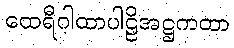
ထေရီဂါထာပါဠိအဋ္ဌကထာ